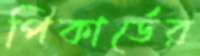
পিকার্ডের